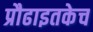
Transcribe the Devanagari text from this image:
प्रौढाइतकेच